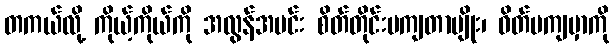
တကယ်လို့ ကိုယ့်ကိုယ်ကို အလွန်အမင်း စိတ်တိုင်းမကျတာမျိုး၊ ဝိတ်မကျမှာကို